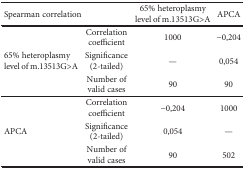
<table><thead><tr><td colspan="2"><b>Spearman correlation</b></td><td><b>65% heteroplasmy level of m.13513G&gt;A</b></td><td><b>APCA</b></td></tr></thead><tbody><tr><td rowspan="3">65% heteroplasmy level of m.13513G&gt;A</td><td>Correlation coefficient</td><td>1000</td><td>−0,204</td></tr><tr><td>Significance (2-tailed)</td><td>—</td><td>0,054</td></tr><tr><td>Number of valid cases</td><td>90</td><td>90</td></tr><tr><td rowspan="3">APCA</td><td>Correlation coefficient</td><td>−0,204</td><td>1000</td></tr><tr><td>Significance (2-tailed)</td><td>0,054</td><td>—</td></tr><tr><td>Number of valid cases</td><td>90</td><td>502</td></tr></tbody></table>